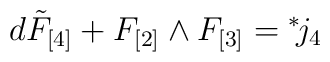
d \tilde F_{[4]} + F_{[2]} \wedge F_{[3]} ={}^*\!  j_{4}